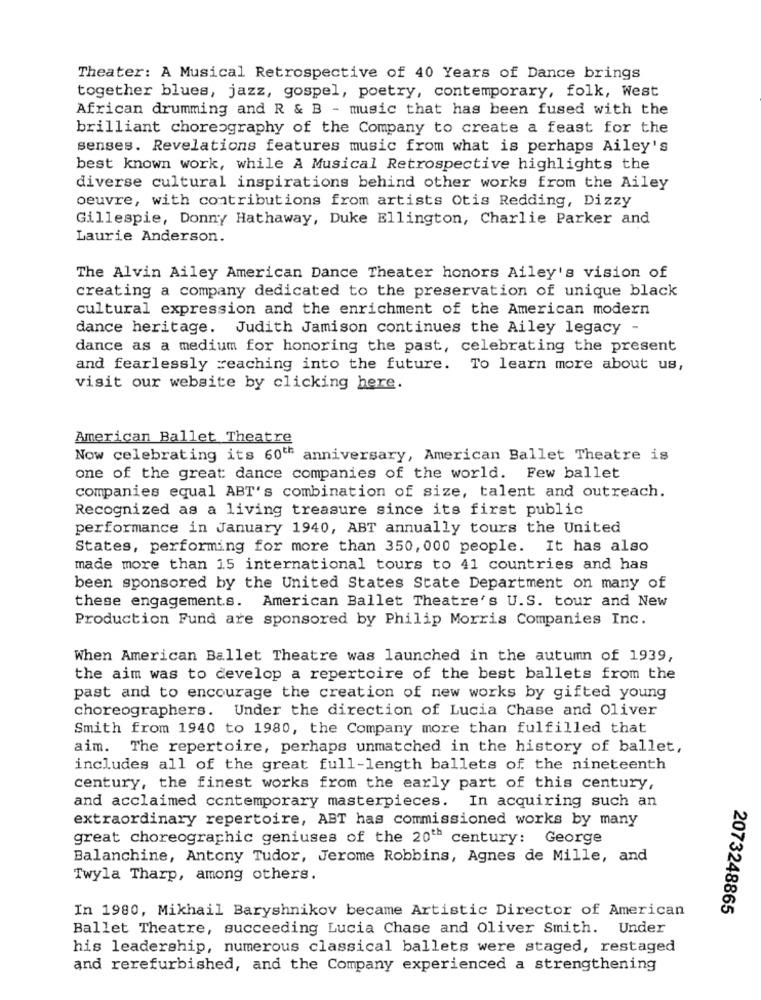
Theater: A Musical Retrospective of 40 Years of Dance brings
together blues, jazz, gospel, poetry, contemporary, folk, West
African drumming and R & B - music that has been fused with the
brilliant choreography of the Company to create a feast for the
senses. Revelations features music from what is perhaps Ailey's
best known work, while A Musical Retrospective highlights the
diverse cultural inspirations behind other works from the Ailey
oeuvre, with contributions from artists Otis Redding, Dizzy
Gillespie, Donny Hathaway, Duke Ellington, Charlie Parker and
Laurie Anderson.
The Alvin Ailey American Dance Theater honors Ailey's vision of
creating a company dedicated to the preservation of unique black
cultural expression and the enrichment of the American modern
dance heritage. Judith Jamison continues the Ailey legacy -
dance as a medium for honoring the past, celebrating the present
and fearlessly reaching into the future. To learn more about us,
visit our website by clicking here.
American Ballet Theatre
Now celebrating its 60th anniversary, American Ballet Theatre is
one of the great dance companies of the world. Few ballet
companies equal ABT's combination of size, talent and outreach.
Recognized as a living treasure since its first public
performance in January 1940, ABT annually tours the United
States, performing for more than 350, 000 people. It has also
made more than 15 international tours to 41 countries and has
been sponsored by the United States State Department on many of
these engagements. American Ballet Theatre's U.S. tour and New
Production Fund are sponsored by Philip Morris Companies Inc.
When American Ballet Theatre was launched in the autumn of 1939,
the aim was to develop a repertoire of the best ballets from the
past and to encourage the creation of new works by gifted young
choreographers. Under the direction of Lucia Chase and Oliver
Smith from 1940 to 1980, the Company more than fulfilled that
aim. The repertoire, perhaps unmatched in the history of ballet,
includes all of the great full-length ballets of the nineteenth
century, the finest works from the early part of this century,
and acclaimed contemporary masterpieces. In acquiring such an
extraordinary repertoire, ABT has commissioned works by many
great choreographic geniuses of the 20th century: George
Balanchine, Antony Tudor, Jerome Robbins, Agnes de Mille, and
Twyla Tharp, among others.
In 1980, Mikhail Baryshnikov became Artistic Director of American
2073248865
Ballet Theatre, succeeding Lucia Chase and Oliver Smith. Under
his leadership, numerous classical ballets were staged, restaged
and rerefurbished, and the Company experienced a strengthening